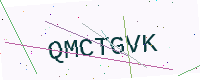
Text: QMCTGVK